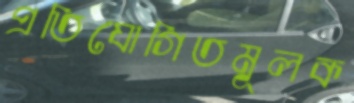
প্রতিযোগিতমূলক